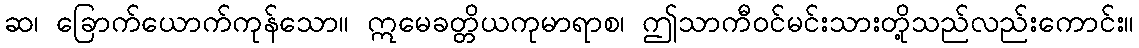
ဆ၊ ခြောက်ယောက်ကုန်သော။ ဣမေခတ္တိယကုမာရာစ၊ ဤသာကီဝင်မင်းသားတို့သည်လည်းကောင်း။